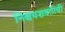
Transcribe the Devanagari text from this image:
निश्चयशक्तीची